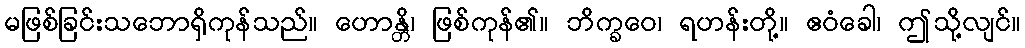
မဖြစ်ခြင်းသဘောရှိကုန်သည်။ ဟောန္တိ၊ ဖြစ်ကုန်၏။ ဘိက္ခဝေ၊ ရဟန်းတို့။ ဧဝံခေါ၊ ဤသို့လျင်။